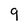
Character: 9